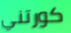
كورتني